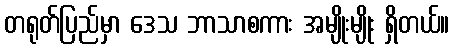
တရုတ်ပြည်မှာ ဒေသ ဘာသာစကား အမျိုးမျိုး ရှိတယ်။